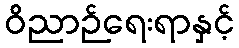
ဝိညာဉ်ရေးရာနှင့်